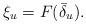
LaTeX: \begin{align*}\xi_u=F(\bar{\delta}_u).\end{align*}